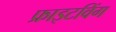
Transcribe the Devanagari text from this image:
फ्राइटविंग